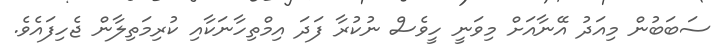
ސަބަބުން މިއަދު އޭނާއަށް މިވަނީ ހީވެސް ނުކުރާ ފަދަ އިމްތިހާނަކާއި ކުރިމަތިލާން ޖެހިފައެވެ.